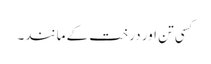
کسی تن اور درخت کے مانند۔